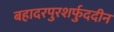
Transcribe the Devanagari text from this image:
बहादरपुरशर्फुददीन